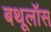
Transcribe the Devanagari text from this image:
बथूलॉस